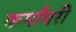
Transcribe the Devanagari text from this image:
कर्मापरी